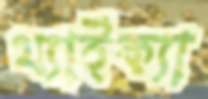
থ্যাইক্যা